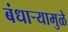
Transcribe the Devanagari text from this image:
बंधाऱ्यामुळे